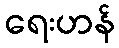
ရေးဟန်